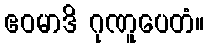
ဧဝမာဒိ ဂုဏူပေတံ။